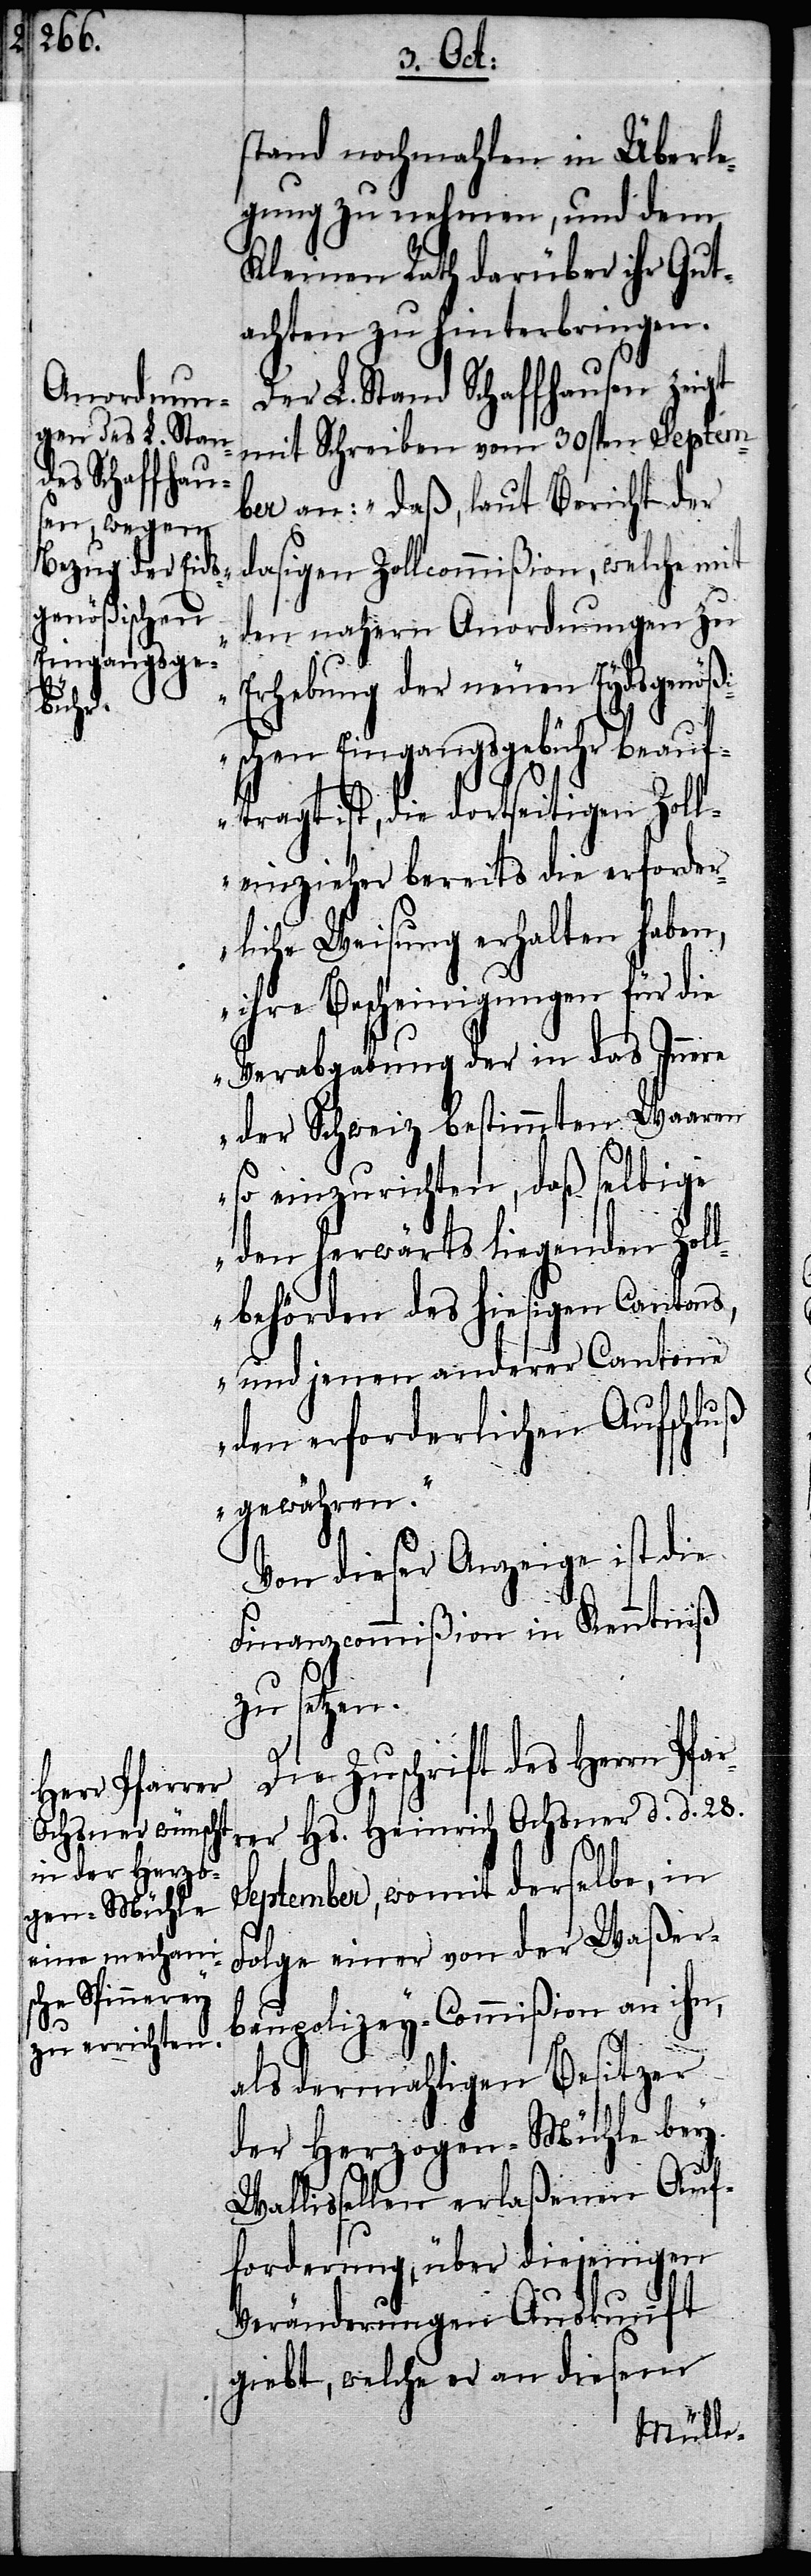
stand nochmahlen in Überle¬
gung zu nehmen, und dem
Kleinen Rath darüber ihr Gut¬
achten zu hinterbringen.
Der L. Stand Schaffhausen zeigt
mit Schreiben vom 30sten Septem¬
ber an: „daß, laut Bericht der
dasigen Zollcommißion, welche mit
den nahern Anordnungen zu
Erhebung der neuen Eydsgenößi¬
schen Eingangsgebühr beauf¬
tragt ist, die dortseitigen Zoll¬
einzieher bereits die erforder¬
liche Weisung erhalten haben,
ihre Bescheinigungen für die
Verabgabung der in das Innere
der Schweiz bestimmten Waaren
so einzurichten, daß selbige
den herwärts liegenden Zol¬
lbehörden des hiesigen Cantons,
und jenen anderer Cantone
den erforderlichen Aufschluß
gewähren.“
Von dieser Anzeige ist die
Finanzcommißion in Kenntniß
zu setzen.
Die Zuschrift des Herrn Pfa¬
rer Hs. Heinrich Ochsner d. d. 28.
September, womit derselbe, in
Folge einer von der Waßer¬
baupolizey-Commißion an ihn,
r¬
als dermahligen Besitzer
der Herzogen-Mühle bey
Wallisellen erlaßenen Auf¬
forderung, über diejenigen
Veränderungen Auskunft
giebt, welche er an diesem